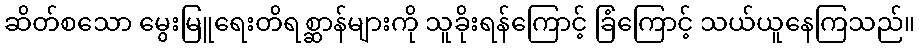
ဆိတ်စသော မွေးမြူရေးတိရစ္ဆာန်များကို သူခိုးရန်ကြောင့် ခြံကြောင့် သယ်ယူနေကြသည်။